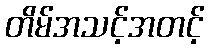
တိမ်အသင့်အတင့်